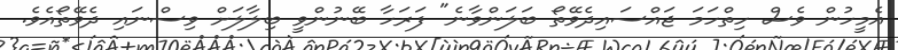
އެމީހުން ވެސް ހިތްހަމަ ޖައްސައިދެވޭތޯ ބަލަންވާނެ" ފަރަހާ ބޭނުންވީ ބިލާލަށް ވިސްނައި ދެވޭތޯއެވެ.